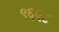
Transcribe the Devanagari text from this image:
९६५८